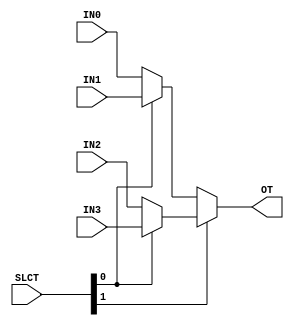
module MUX4#(parameter SIZE = 8)(input[1:0] SLCT, input [SIZE - 1:0] IN3, IN2, IN1, IN0, output [SIZE - 1 : 0] OT);
  
  assign OT = (SLCT[1] == 1'b1)? { (SLCT[0] == 1'b1)?IN3 : IN2 } :  {(SLCT[0] == 1'b1)?IN1 : IN0} ;
endmodule